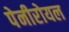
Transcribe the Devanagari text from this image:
पेनीरोयल